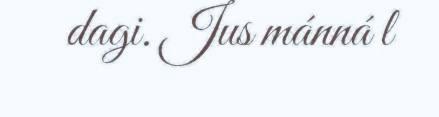
dagi. Jus mánná l